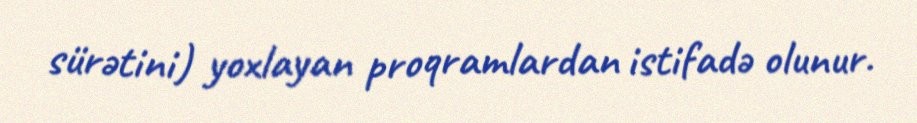
sürətini) yoxlayan proqramlardan istifadə olunur.